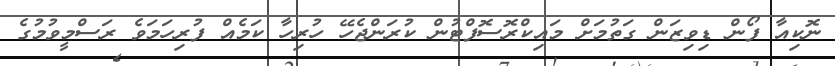
ނޮކިއާ ފޯން ޑިވިޒަން ގަތުމަށް މައިކްރޮސޮފްޓުން ކުރަންޖެހޭ ހުރިހާ ކަމެއް ފުރިހަމަވެ ރަސްމީވުމުގެ